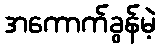
အကောက်ခွန်မဲ့